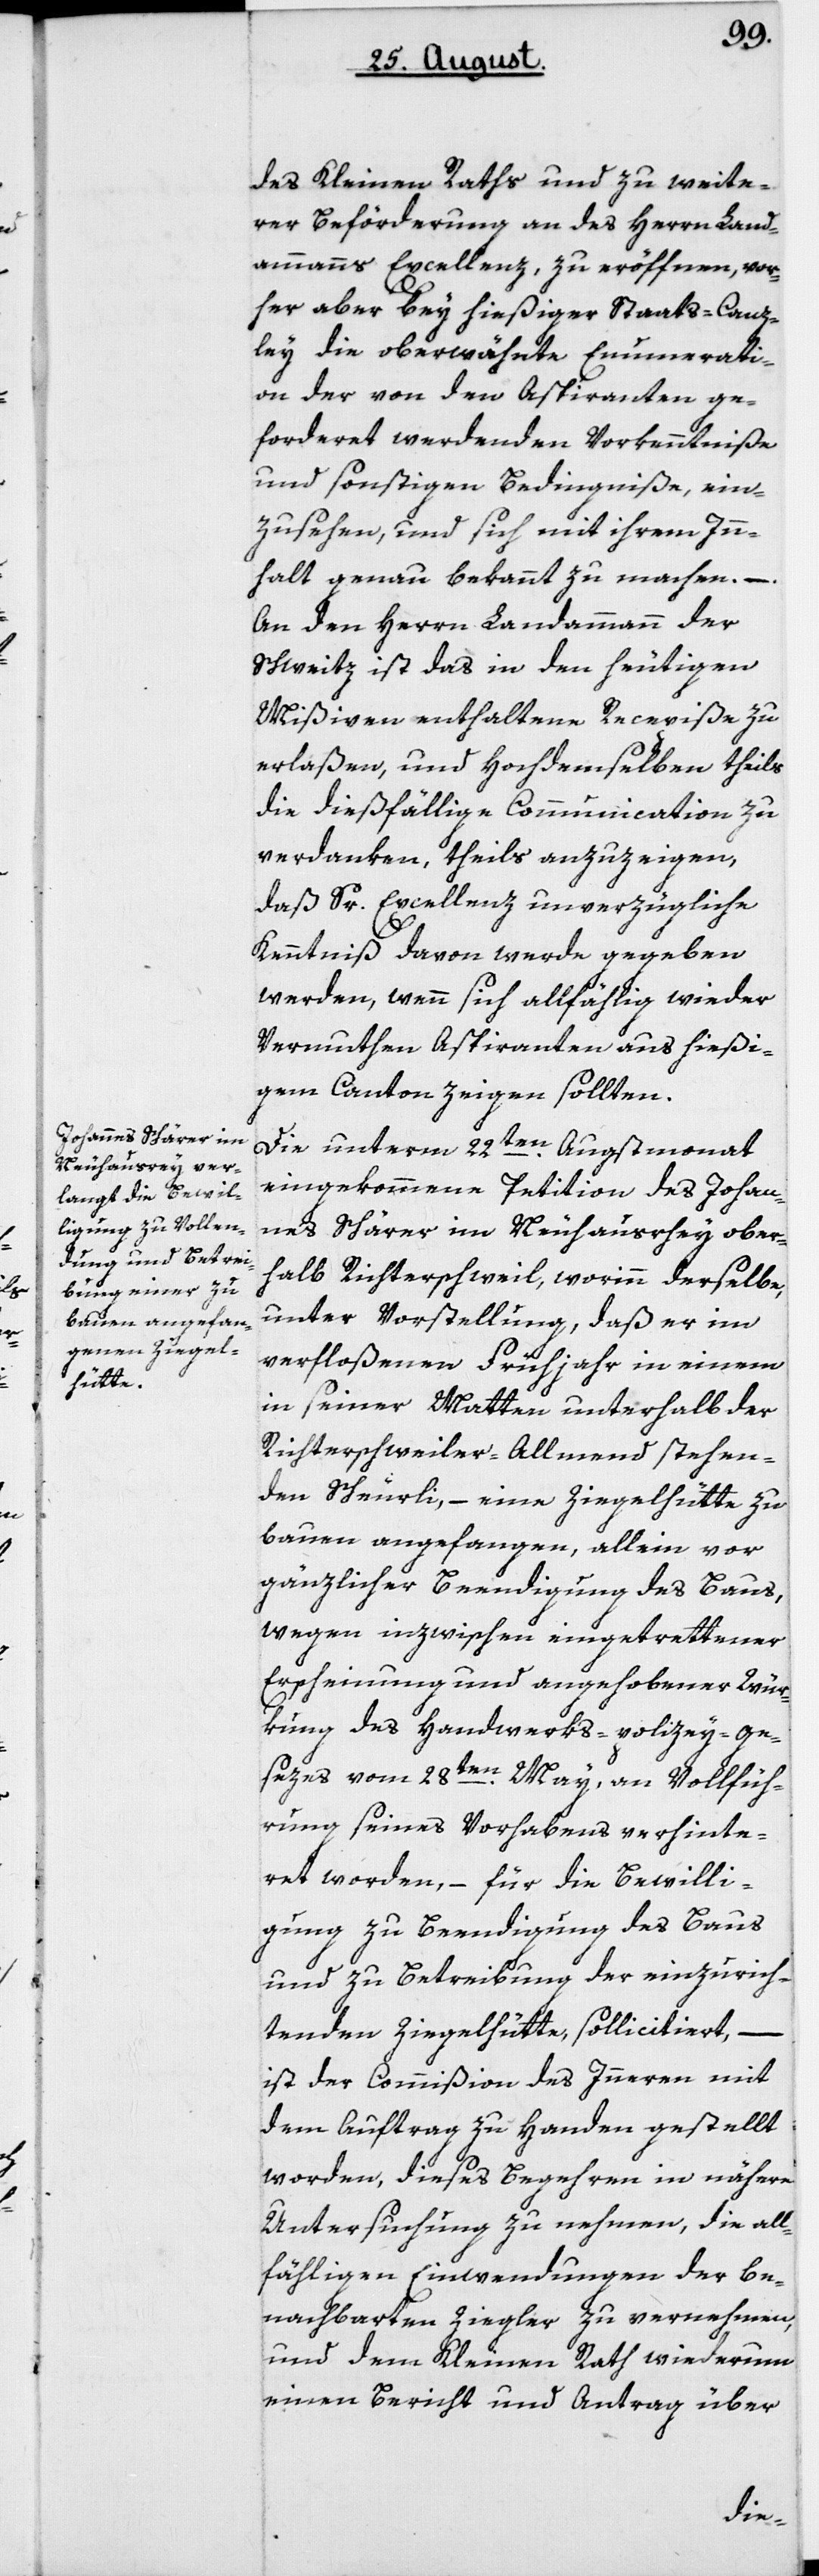
des Kleinen Raths und zu weite¬
rer Beförderung an des Herrn Land¬
ammanns Excellenz zu eröffnen, vor¬
her aber bey hießiger Staats-Canz¬
ley die oberwähnte Enumerati¬
on der von den Aspiranten ge¬
forderet werdenden Vorkenntniße
und sonstigen Bedingniße, ein¬
zusehen, und sich mit ihrem In¬
halt genau bekannt zu machen. –
An den Herrn Landammann der
Schweitz ist das in den heutigen
Mißiven enthaltene Recepiße zu
erlaßen, und Hochdemselben theils
die dießfällige Communication zu
verdanken, theils anzuzeigen,
daß Sr. Excellenz unverzügliche
Kenntniß davon werde gegeben
werden, wenn sich allfällig wieder
Vermuthen Aspiranten aus hießi¬
gem Canton zeigen sollten.
Die unterm 22ten Augstmonat
eingekommene Petiton des Johan¬
nes Schärer im Neuhausrey ober¬
halb Richterschweil, worinn derselbe,
unter Vorstellung, daß er im
verfloßenen Frühjahr in einem
in seiner Matten unterhalb der
Richterschweiler-Allmend stehen¬
den Scheurli, – eine Ziegelhütte zu
bauen angefangen, allein vor
gänzlicher Beendigung des Baus,
wegen inzwischen eingetrettener
Erscheinung und angehobener Wür¬
kung des Handwerks-policey-ge¬
sezes vom 28ten May, an Vollfüh¬
rung seines Vorhabens verhinte¬
ret worden, – für die Bewilli¬
gung zu Beendigung des Baus
und zu Betreibung der einzurich¬
tenden Ziegelhütte, sollicitiert,
ist der Commißion des Innern mit
dem Auftrag zu Handen gestellt
worden, dieses Begehren in nähere
Untersuchung zu nehmen, die all¬
fälligen Einwendungen der be¬
nachbarten Ziegler zu vernehmen,
und dem Kleinen Rath wiederum
einen Bericht und Antrag über